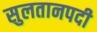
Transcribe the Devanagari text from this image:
सुलतानपदी